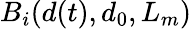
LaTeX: B_{i}(d(t),d_{0},L_{m})